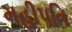
મહીપતિ